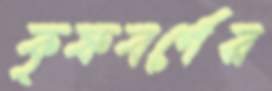
কৃষ্ণবর্ণের